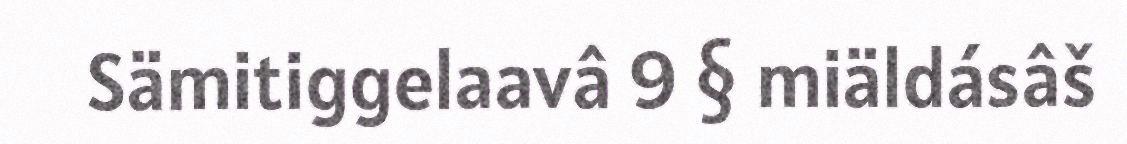
Sämitiggelaavâ 9 § miäldásâš